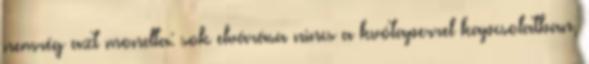
nemrég azt mondta: sok elvárása nincs a kvótaperrel kapcsolatban,